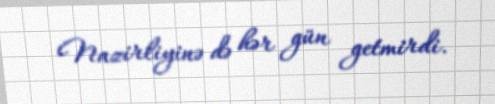
Nazirliyinə də hər gün getmirdi.